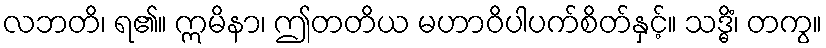
လဘတိ၊ ရ၏။ ဣမိနာ၊ ဤတတိယ မဟာဝိပါပက်စိတ်နှင့်။ သဒ္ဓိံ၊ တကွ။